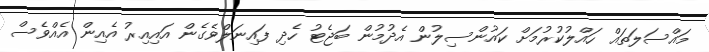
މައްސަލަތައް ހައްލުކުރުމަށް ކައުންސިލުން އެދުމުން ބަޖެޓު ހެދި ފައިނަލްވެގެން އައިއިރު އެއިން އެއްވެސް